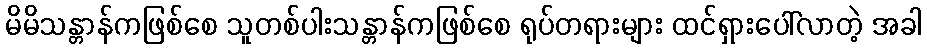
မိမိသန္တာန်ကဖြစ်စေ သူတစ်ပါးသန္တာန်ကဖြစ်စေ ရုပ်တရားများ ထင်ရှားပေါ်လာတဲ့ အခါ